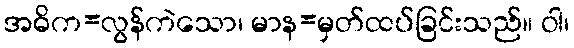
အဓိက=လွန်ကဲသော၊ မာန=မှတ်ထပ်ခြင်းသည်။ ဝါ၊